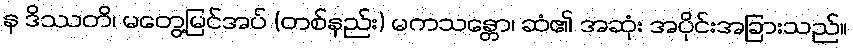
န ဒိဿတိ၊ မတွေ့မြင်အပ် (တစ်နည်း) မကသန္တော၊ ဆံ၏ အဆုံး အပိုင်းအခြားသည်။